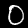
Digit: 0